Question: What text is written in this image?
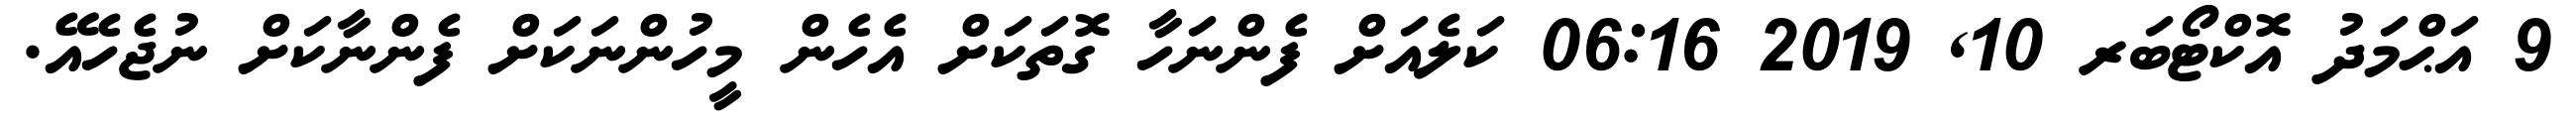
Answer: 9 އަޙްމަދު އޮކްޓޯބަރ 10, 2019 06:16 ކަލެއަށް ފެންނަހާ ގޮތަކަށް އެހެން މީހުންނަކަށް ފެންނާކަށް ނުޖެހެއޭ.